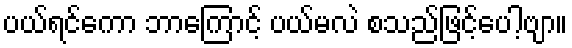
ပယ်ရင်ကော ဘာကြောင့် ပယ်မလဲ စသည်ဖြင့်ပေါ့ဗျာ။